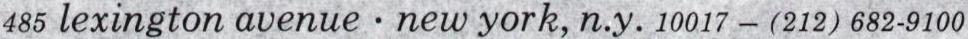
485 lexington avenue . new york, n.y. 10017 - (212) 682-9100